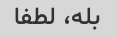
بله، لطفا